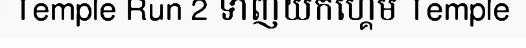
Temple Run 2 ទាញយកហ្គេម Temple